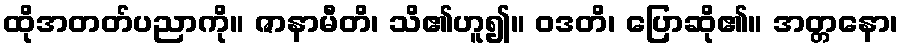
ထိုအတတ်ပညာကို။ ဇာနာမီတိ၊ သိ၏ဟူ၍။ ဝဒတိ၊ ပြောဆို၏။ အတ္တနော၊